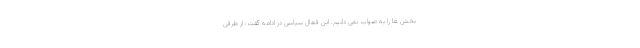
بخش ها را به صواب نمی دانیم. این فعال سیاسی در ادامه گفت: از طرفی